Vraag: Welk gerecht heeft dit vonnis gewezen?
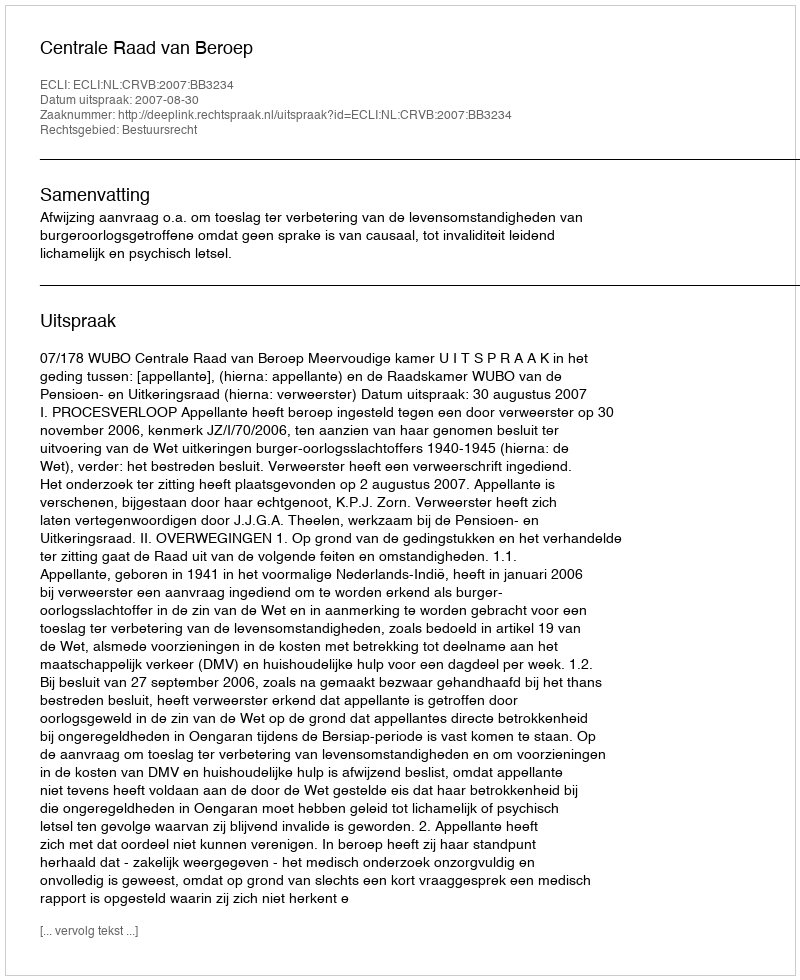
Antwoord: Centrale Raad van Beroep